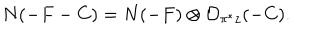
LaTeX: N ( - F - C ) = N ( - F ) \otimes { \cal O } _ { \pi ^ { * } z } ( - C ) .